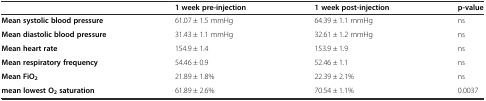
<table><thead><tr><td></td><td><b>1 week pre-injection</b></td><td><b>1 week post-injection</b></td><td><b>p-value</b></td></tr></thead><tbody><tr><td><b>Mean systolic blood pressure</b></td><td>61.07 ± 1.5 mmHg</td><td>64.39 ± 1.1 mmHg</td><td>ns</td></tr><tr><td><b>Mean diastolic blood pressure</b></td><td>31.43 ± 1.1 mmHg</td><td>32.61 ± 1.2 mmHg</td><td>ns</td></tr><tr><td><b>Mean heart rate</b></td><td>154.9 ± 1.4</td><td>153.9 ± 1.9</td><td>ns</td></tr><tr><td><b>Mean respiratory frequency</b></td><td>54.46 ± 0.9</td><td>52.46 ± 1.1</td><td>ns</td></tr><tr><td><b>Mean FiO</b><sub><b>2</b></sub></td><td>21.89 ± 1.8%</td><td>22.39 ± 2.1%</td><td>ns</td></tr><tr><td><b>mean lowest O</b><sub><b>2</b></sub><b>saturation</b></td><td>61.89 ± 2.6%</td><td>70.54 ± 1.1%</td><td>0.0037</td></tr></tbody></table>